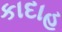
કાદાહ